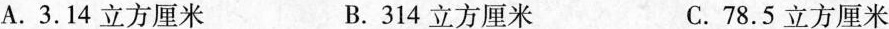
A.3.14立方厘米 B.314立方厘米 C.78.5立方厘米